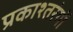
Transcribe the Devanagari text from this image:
प्रकाश्तरंगों